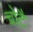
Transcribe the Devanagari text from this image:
चोटै